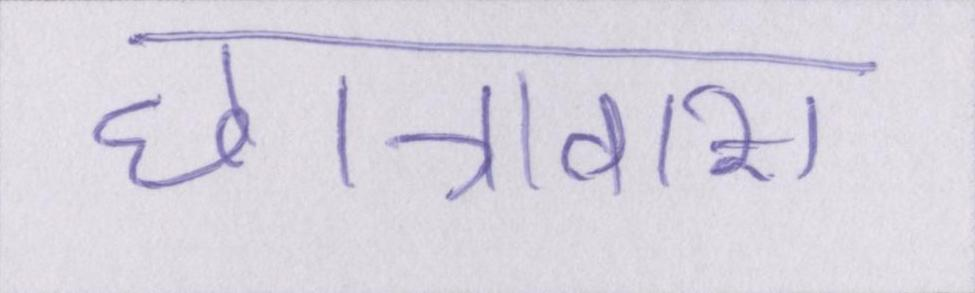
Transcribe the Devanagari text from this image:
छात्रावास